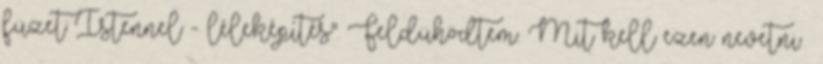
füzet Istennel - léleképítés". Feldühödtem. Mit kell ezen nevetni